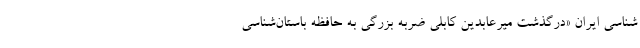
شناسی ایران «درگذشت میرعابدین کابلی ضربه بزرگی به حافظه باستان‌شناسی